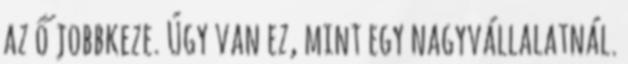
az ő jobbkeze. Úgy van ez, mint egy nagyvállalatnál.